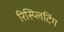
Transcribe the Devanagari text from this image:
रिस्प्लिटिंग